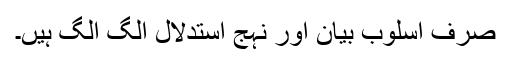
صرف اسلوب بیان اور نہج استدلال الگ الگ ہیں۔